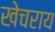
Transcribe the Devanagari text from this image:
खेचराय